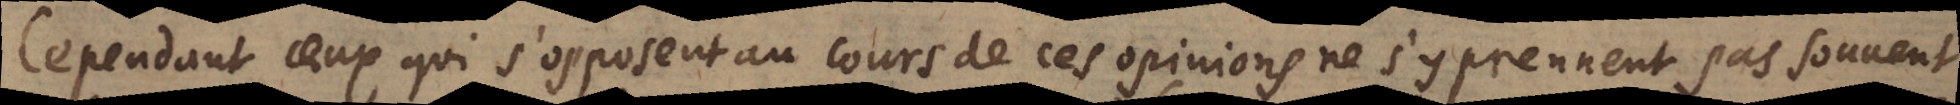
Cependant ceux qui s’opposent au cours de ces opinions ne s’y prennent pas souvent